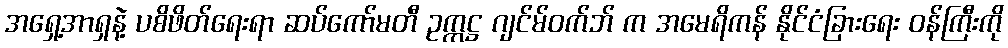
အရှေ့အာရှနဲ့ ပစိဖိတ်ရေးရာ ဆပ်ကော်မတီ ဥက္ကဋ္ဌ ဂျင်မ်ဝက်ဘ် က အမေရိကန် နိုင်ငံခြားရေး ဝန်ကြီးကို